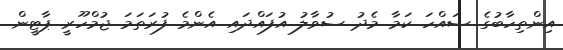
އިންތިހާބުގެ ސައްހަ ކަމާ މެދު ސުވާލު އުފައްދައި އެންމެ ފުރަތަމަ ޖުމްހޫރީ ޕާޓީން